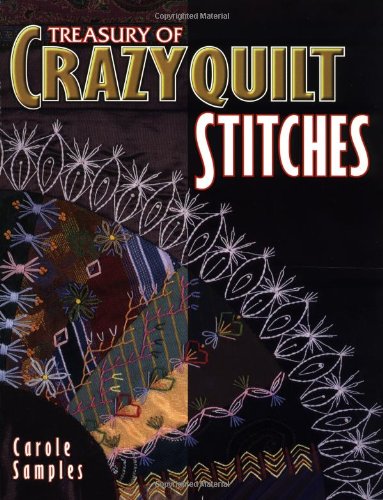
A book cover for Treasury Of Crazyquilt Stitches; Carole Samples; Crafts, Hobbies & Home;